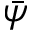
\bar { \psi }